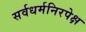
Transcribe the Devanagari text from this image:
सर्वधर्मनिरपेक्ष